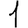
Digit: 1